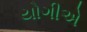
યોગીએ